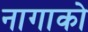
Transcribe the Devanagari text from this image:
नागाको